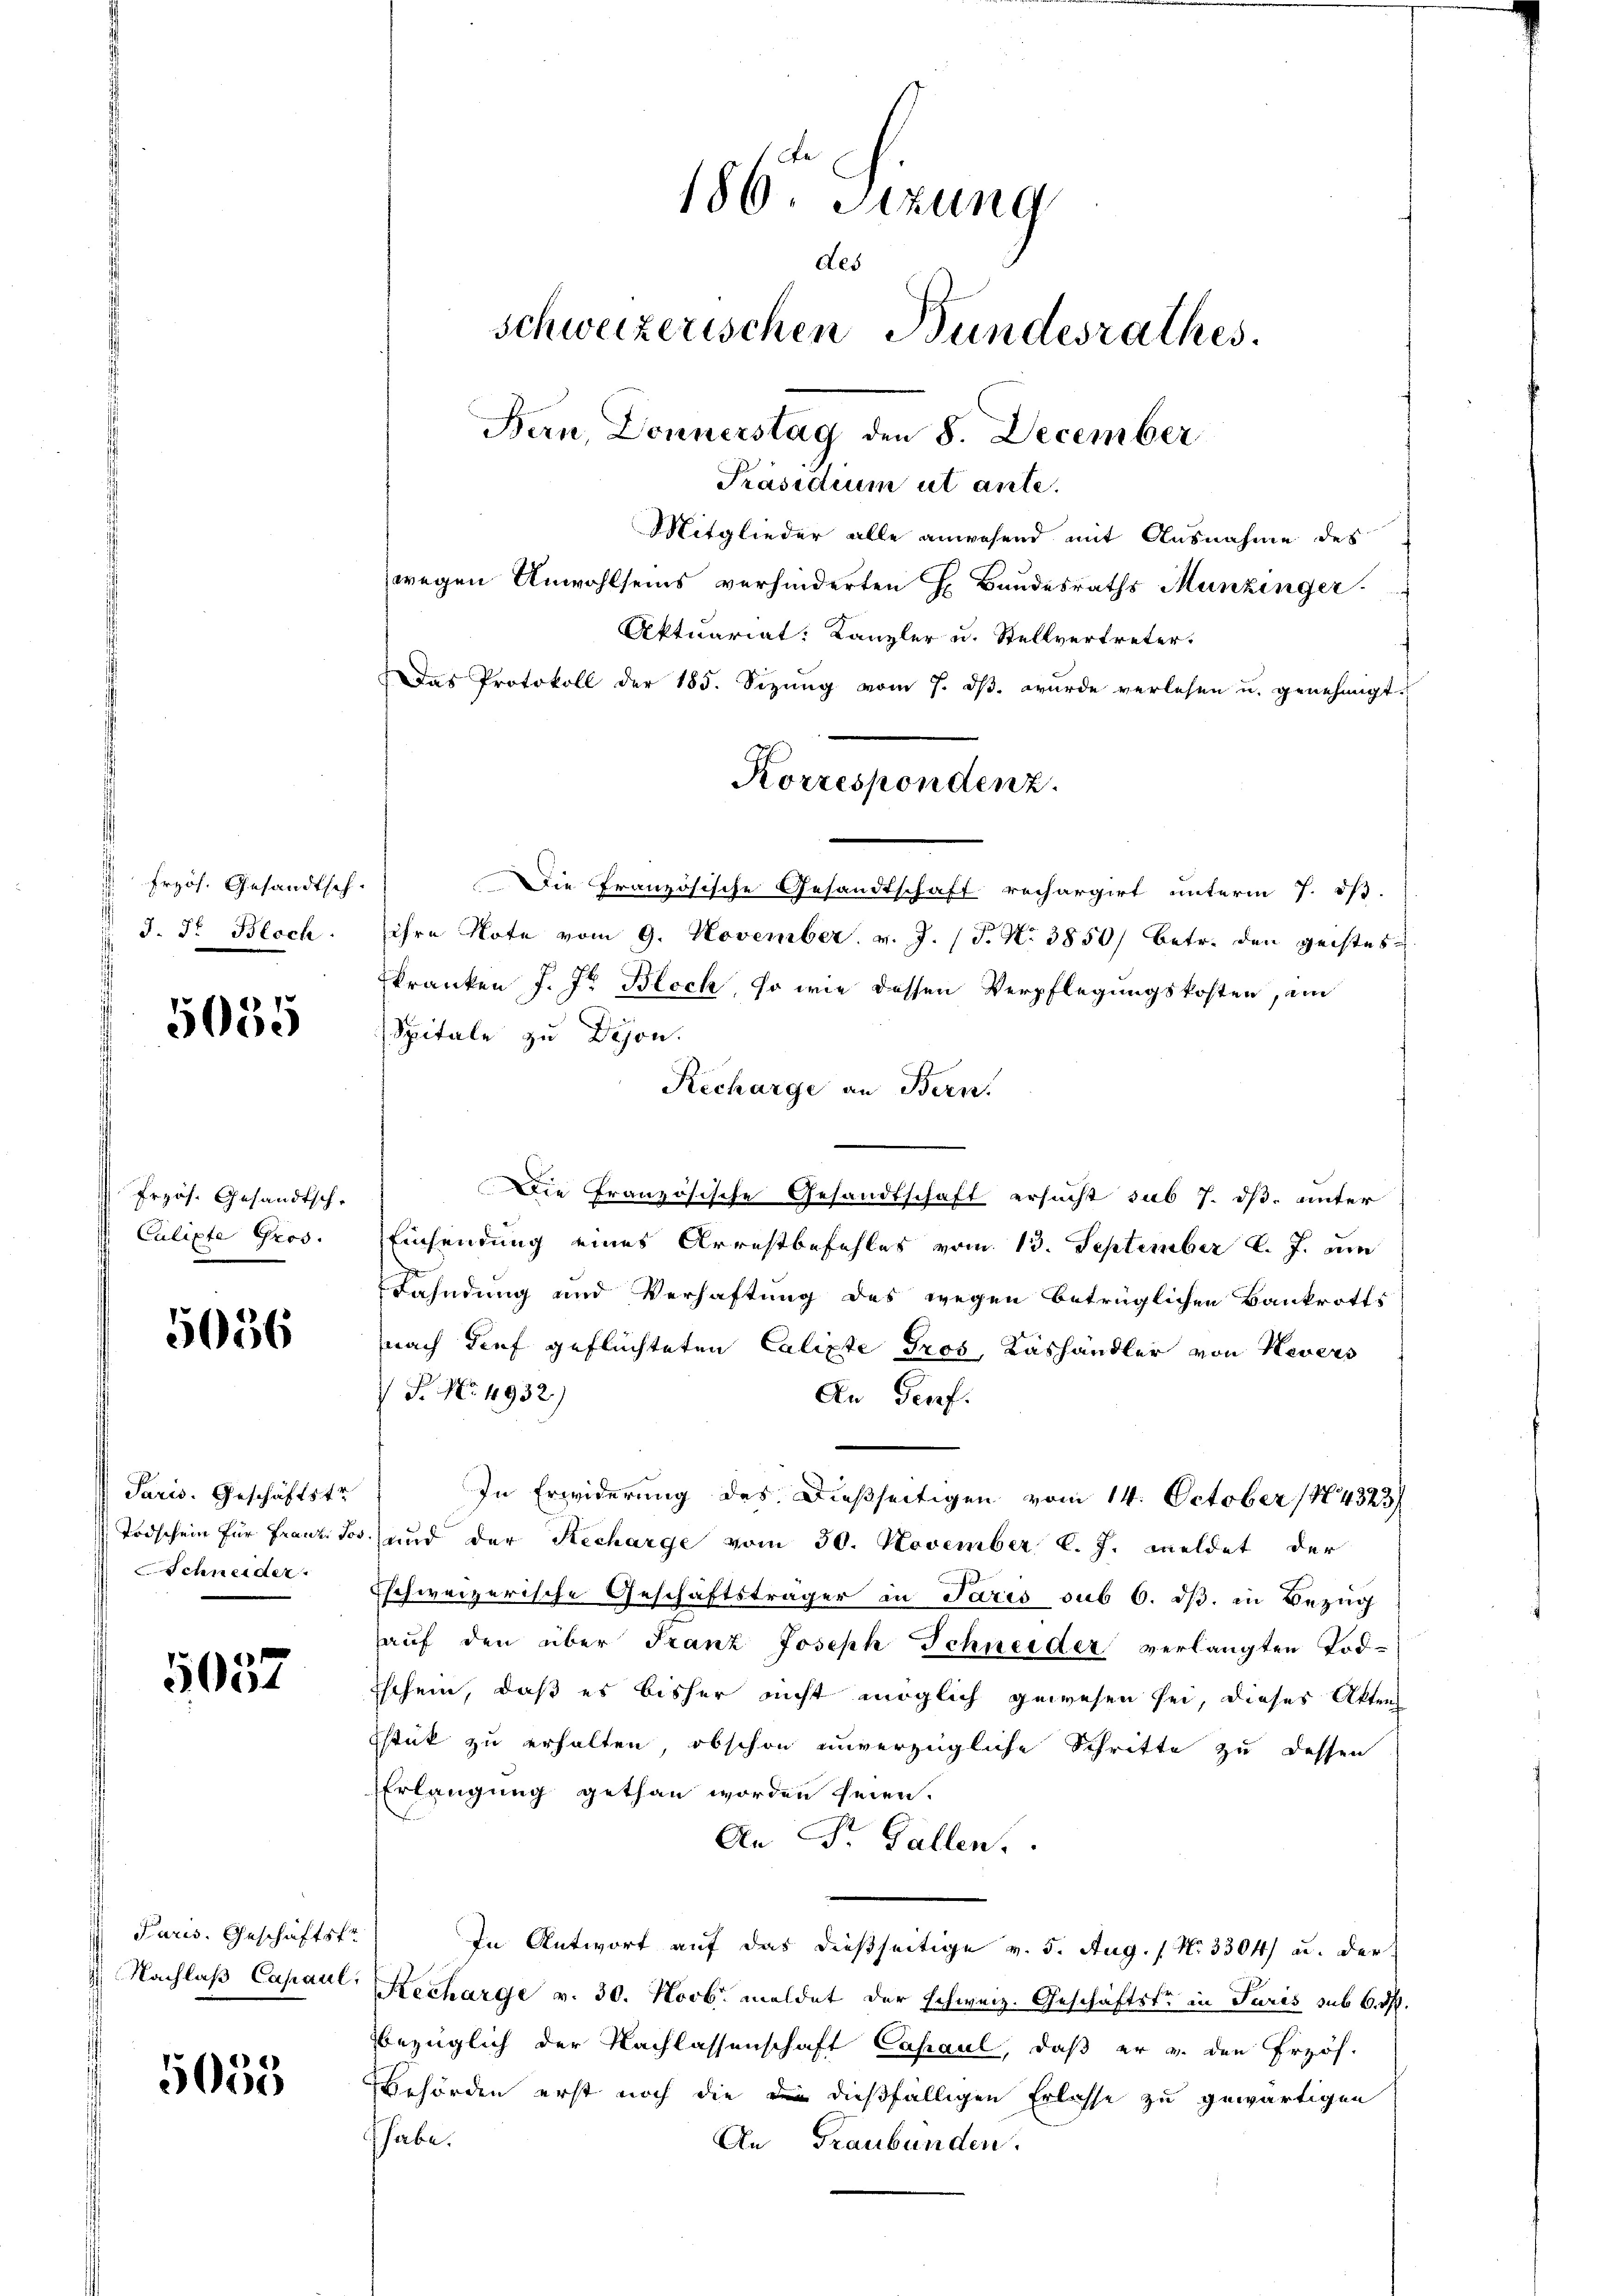
Frzös. Gesandtsch.
 J. J. Bloch
s

5055

Przös. Gesandtsch.
Culipte Gros.

5036

Paris. Geschäftstr
Todschein für Franz Jos.
Schneider

5057

Paris. Geschäftsfr
 Nachlaß Capaul,

5055

186 Sizung
des
schweizerischen Bundesrathes.
Bern, Donnerstag den 8. December
Präsidium ut ante.
Mitglieder alle anwesend mit Ausnahme des
wegen Anwohlseins verhinderten H. Bandesraths Munzinger.
Aktuariat: Kanzler u. Stellvertreter.
Das Protokoll der 185. Sizung vom 7. ds. wurde verlesen u. genehmigt.

Die Französische Gesandtschaft rechargirt unterm 7. iß.
ihre Note vom 9. November v. J. (T. N. 3850/ betr. den geistes
Ekranken J. Jr. Bloch, so wie dessen Verpflegungskosten, ein
Spitale zu Dejon.
Recharge an Bern.
Die Französische Gesandtschaft ersucht sub 7. dß. unter
Einsendung eines Arrestbefehles vom 13. September l. J. am
Fahndung und Verhaftung des wegen betrüglichen Bankrotts
nach Tief geflüchteten Calipte Gros, Käshändler von Nevers
 P. Nr. 4932)
An Genf.
In Erwiderung des Dießseitigen vom 14. October 184323/
und der Recharge vom 30. November l. J. meldet der
schweizerische Geschäftsträger in Paris sub 6. ds. in Bezug
aŭf den über Franz Joseph Schneider verlangten Tod¬
Eschein, daß es bisher nicht möglich gewesen sei, dieses Akten
Estik zu erhalten, obschon unverzügliche Schritte zu dessen
Erlangung gethan worden seien.
An St. Gallen.
In Antwort auf das dießseitige v. 5. Aug. / No 3304) u. der
Recharge v. 30. Novb. meldet der schweiz. Geschäftste in Paris sub 6. d.
bezüglich der Nachlassenschaft Casaul, daß er v. den Erzöh-
Behörden erst noch die den dießfälligen Erlasse zu gewärtigen
habe.
An Graubünden.

Korrespondenz.